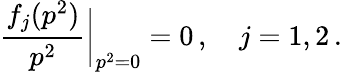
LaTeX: \frac{f_{j}(p^{2})}{p^{2}}{\bigg|}_{p^{2}=0}=0\, ,\quad j=1,2\, .